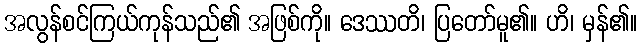
အလွန်စင်ကြယ်ကုန်သည်၏ အဖြစ်ကို။ ဒေဿတိ၊ ပြတော်မူ၏။ ဟိ၊ မှန်၏။